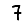
Digit: 7